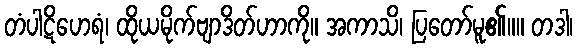
တံပါဋိဟေရံ၊ ထိုယမိုက်ဗျာဒိတ်ဟာကို။ အကာသိ၊ ပြတော်မူ၏။။ တဒါ၊